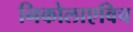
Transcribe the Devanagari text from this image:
निकोलाएविच